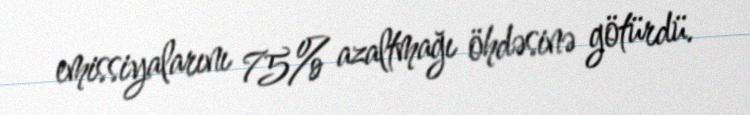
emissiyalarını 75% azaltmağı öhdəsinə götürdü.